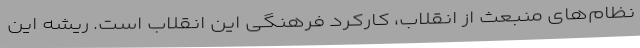
نظام‌های منبعث از انقلاب، کارکرد فرهنگی این انقلاب است. ریشه این